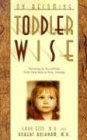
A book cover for On Becoming Toddlerwise; Gary Ezzo; Parenting & Relationships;